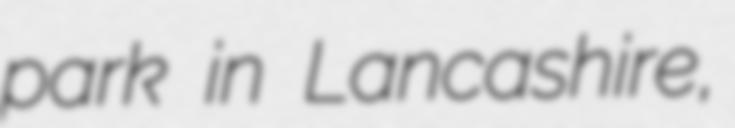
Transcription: park in Lancashire,